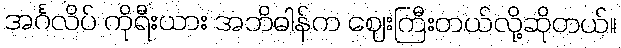
အင်္ဂလိပ် ကိုရီးယား အဘိဓါန်က ဈေးကြီးတယ်လို့ဆိုတယ်။